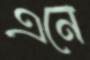
এনে